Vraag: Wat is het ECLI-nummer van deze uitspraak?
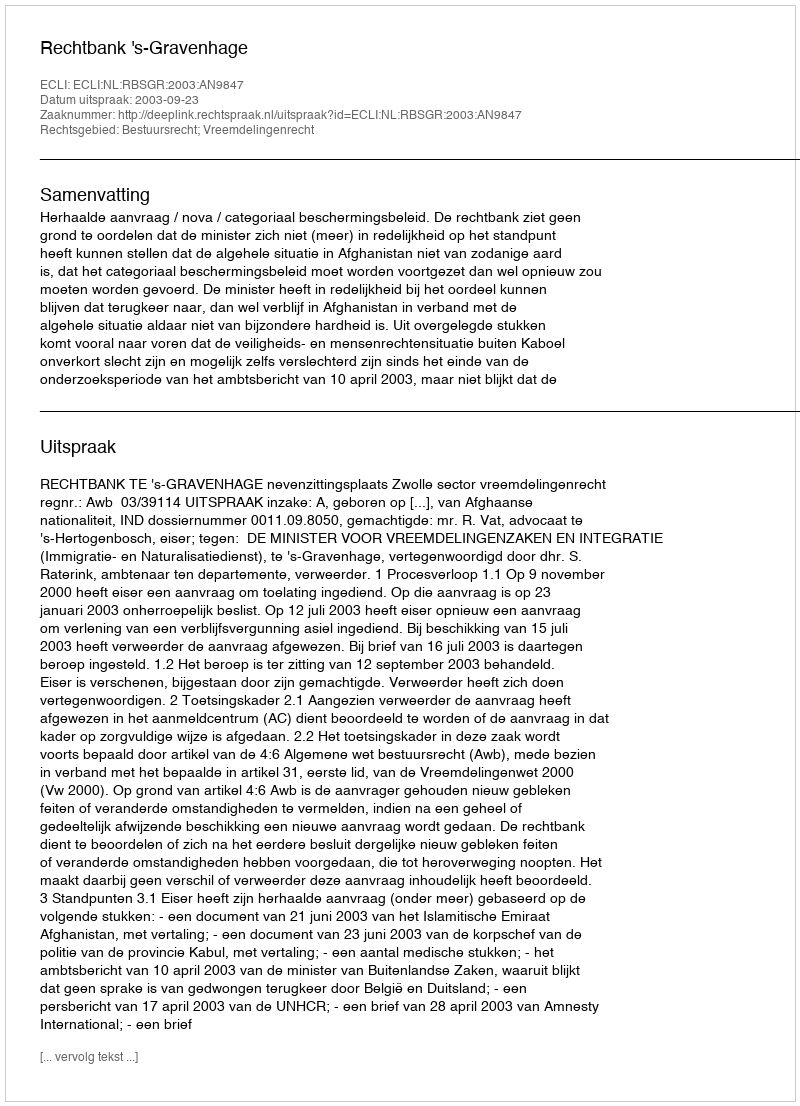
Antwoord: ECLI:NL:RBSGR:2003:AN9847